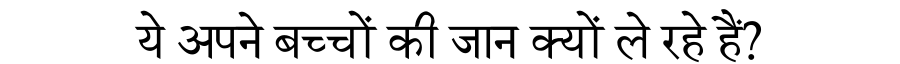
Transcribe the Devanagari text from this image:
ये अपने बच्चों की जान क्यों ले रहे हैं?